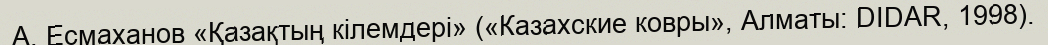
А. Есмаханов «Қазақтың кілемдері» («Казахские ковры», Алматы: DIDAR, 1998).